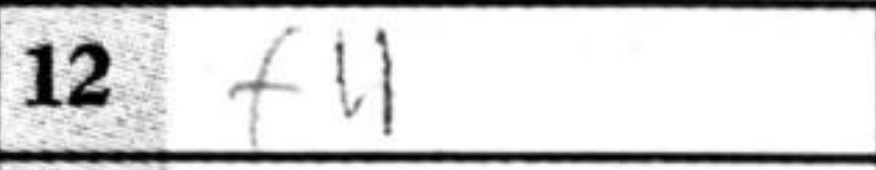
Transcription: f4